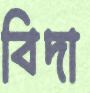
বিদা